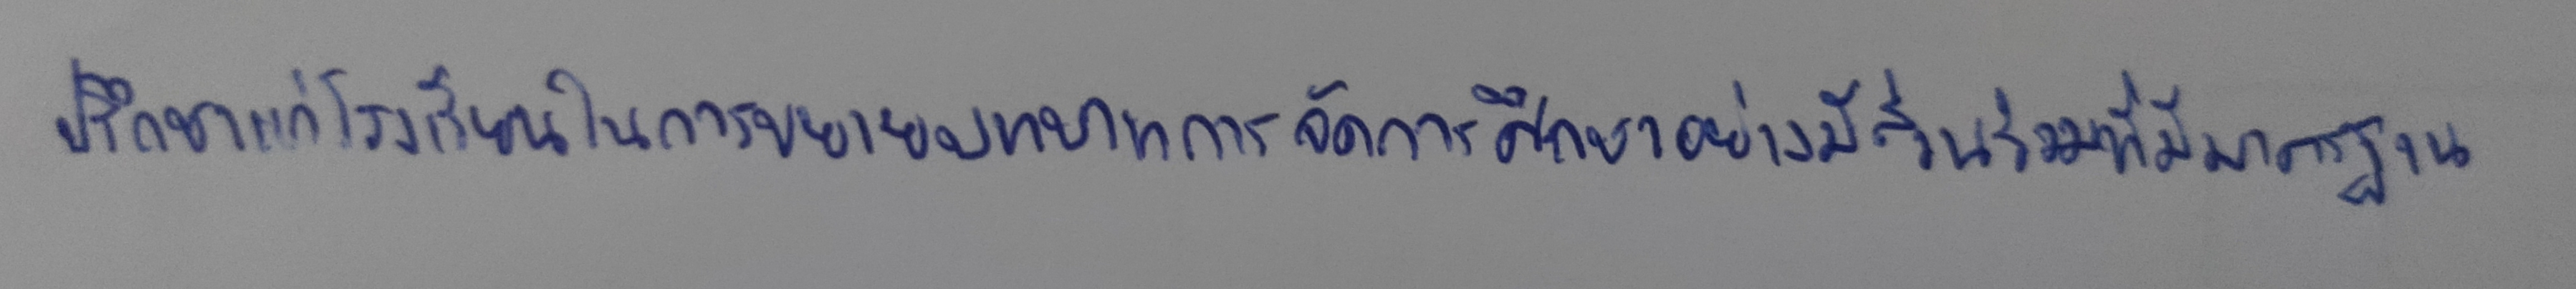
ปรึกษาแก่โรงเรียนในการขยายบทบาทการจัดการศึกษาอย่างมีส่วนร่วมที่มีมาตรฐาน